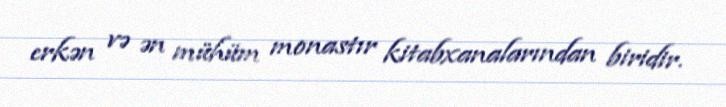
erkən və ən mühüm monastır kitabxanalarından biridir.